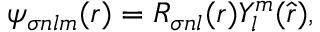
\psi _ { \sigma n l m } ( \boldsymbol { r } ) = R _ { \sigma n l } ( r ) Y _ { l } ^ { m } ( \hat { \boldsymbol { r } } ) ,